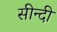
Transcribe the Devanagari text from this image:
सीन्दी